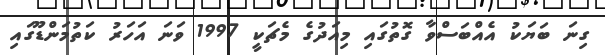
ގިނަ ބަޔަކު އެއްބަސްވާ ގޮތުގައި މިއަދުގެ މެޗަކީ 1997 ވަނަ އަހަރު ކަތުމަންޑޫގައި